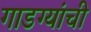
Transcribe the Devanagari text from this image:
गाडग्यांची